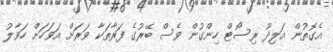
އެގޮތުން އަލިދޫ ރިސޯޓް ހިންގުން ވެސް ބޭރުގެ ފަރާތަކާ ވަރަށް އަވަހަށް ހަވާލު